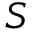
S